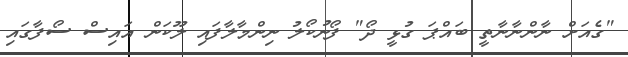
"ގެއަށް ނާންނާނާތީ ބައްޕަ ގުޅީ ދޯ" ފޯނުކޯލު ނިންމާލާފައި ލޫކަން އައިސް ސޯފާގައި